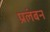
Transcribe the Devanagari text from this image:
प्रलंबन